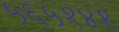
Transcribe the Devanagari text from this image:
५६५१४१